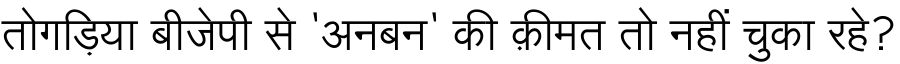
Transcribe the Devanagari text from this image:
तोगड़िया बीजेपी से 'अनबन' की क़ीमत तो नहीं चुका रहे?